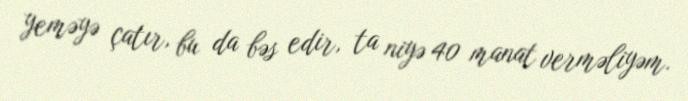
yeməyə çatır, bu da bəs edir, ta niyə 40 manat verməliyəm.